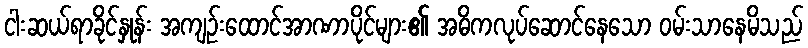
ငါးဆယ်ရာခိုင်နှုန်း အကျဉ်းထောင်အာဏာပိုင်များ၏ အဓိကလုပ်ဆောင်နေသော ဝမ်းသာနေမိသည်